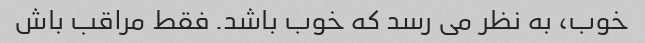
خوب، به نظر می رسد که خوب باشد. فقط مراقب باش